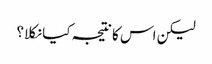
لیکن اس کا نتیجہ کیا نکلا؟